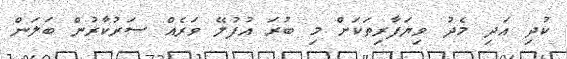
ކުދި އަދި މެދު ވިޔަފާރިތަކަށް މި ބުރަ އުފުލޭ ވަރެއް ސަރުކާރުން ބަލަން